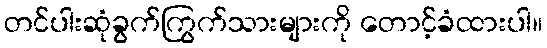
တင်ပါးဆုံခွက်ကြွက်သားများကို တောင့်ခံထားပါ။